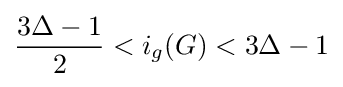
{\frac {3\Delta -1}{2}}<i_{g}(G)<3\Delta -1